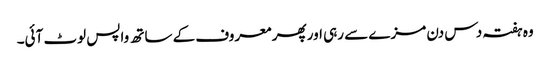
وہ ہفتہ دس دن مزے سے رہی اور پھر معروف کے ساتھ واپس لوٹ آئی۔